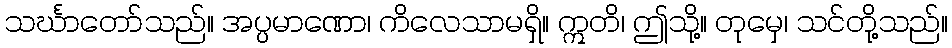
သင်္ဃာတော်သည်။ အပ္ပမာဏော၊ ကိလေသာမရှိ။ ဣတိ၊ ဤသို့။ တုမှေ၊ သင်တို့သည်။